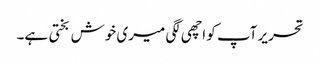
تحریر آپ کو اچھی لگی میری خوش بختی ہے۔